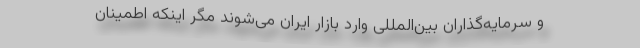
و سرمایه‌گذاران بین‌المللی وارد بازار ایران می‌شوند مگر اینکه اطمینان